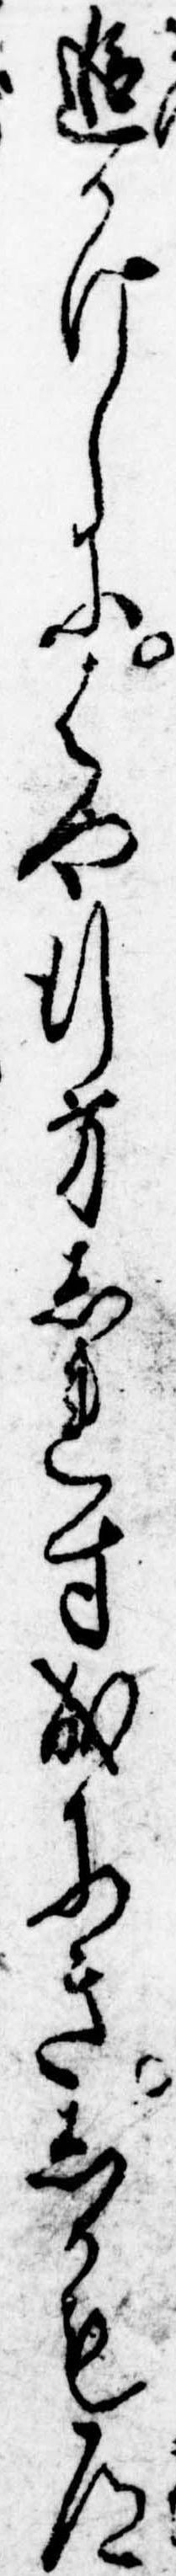
追かけしにはや行方しれす成にきしかも道